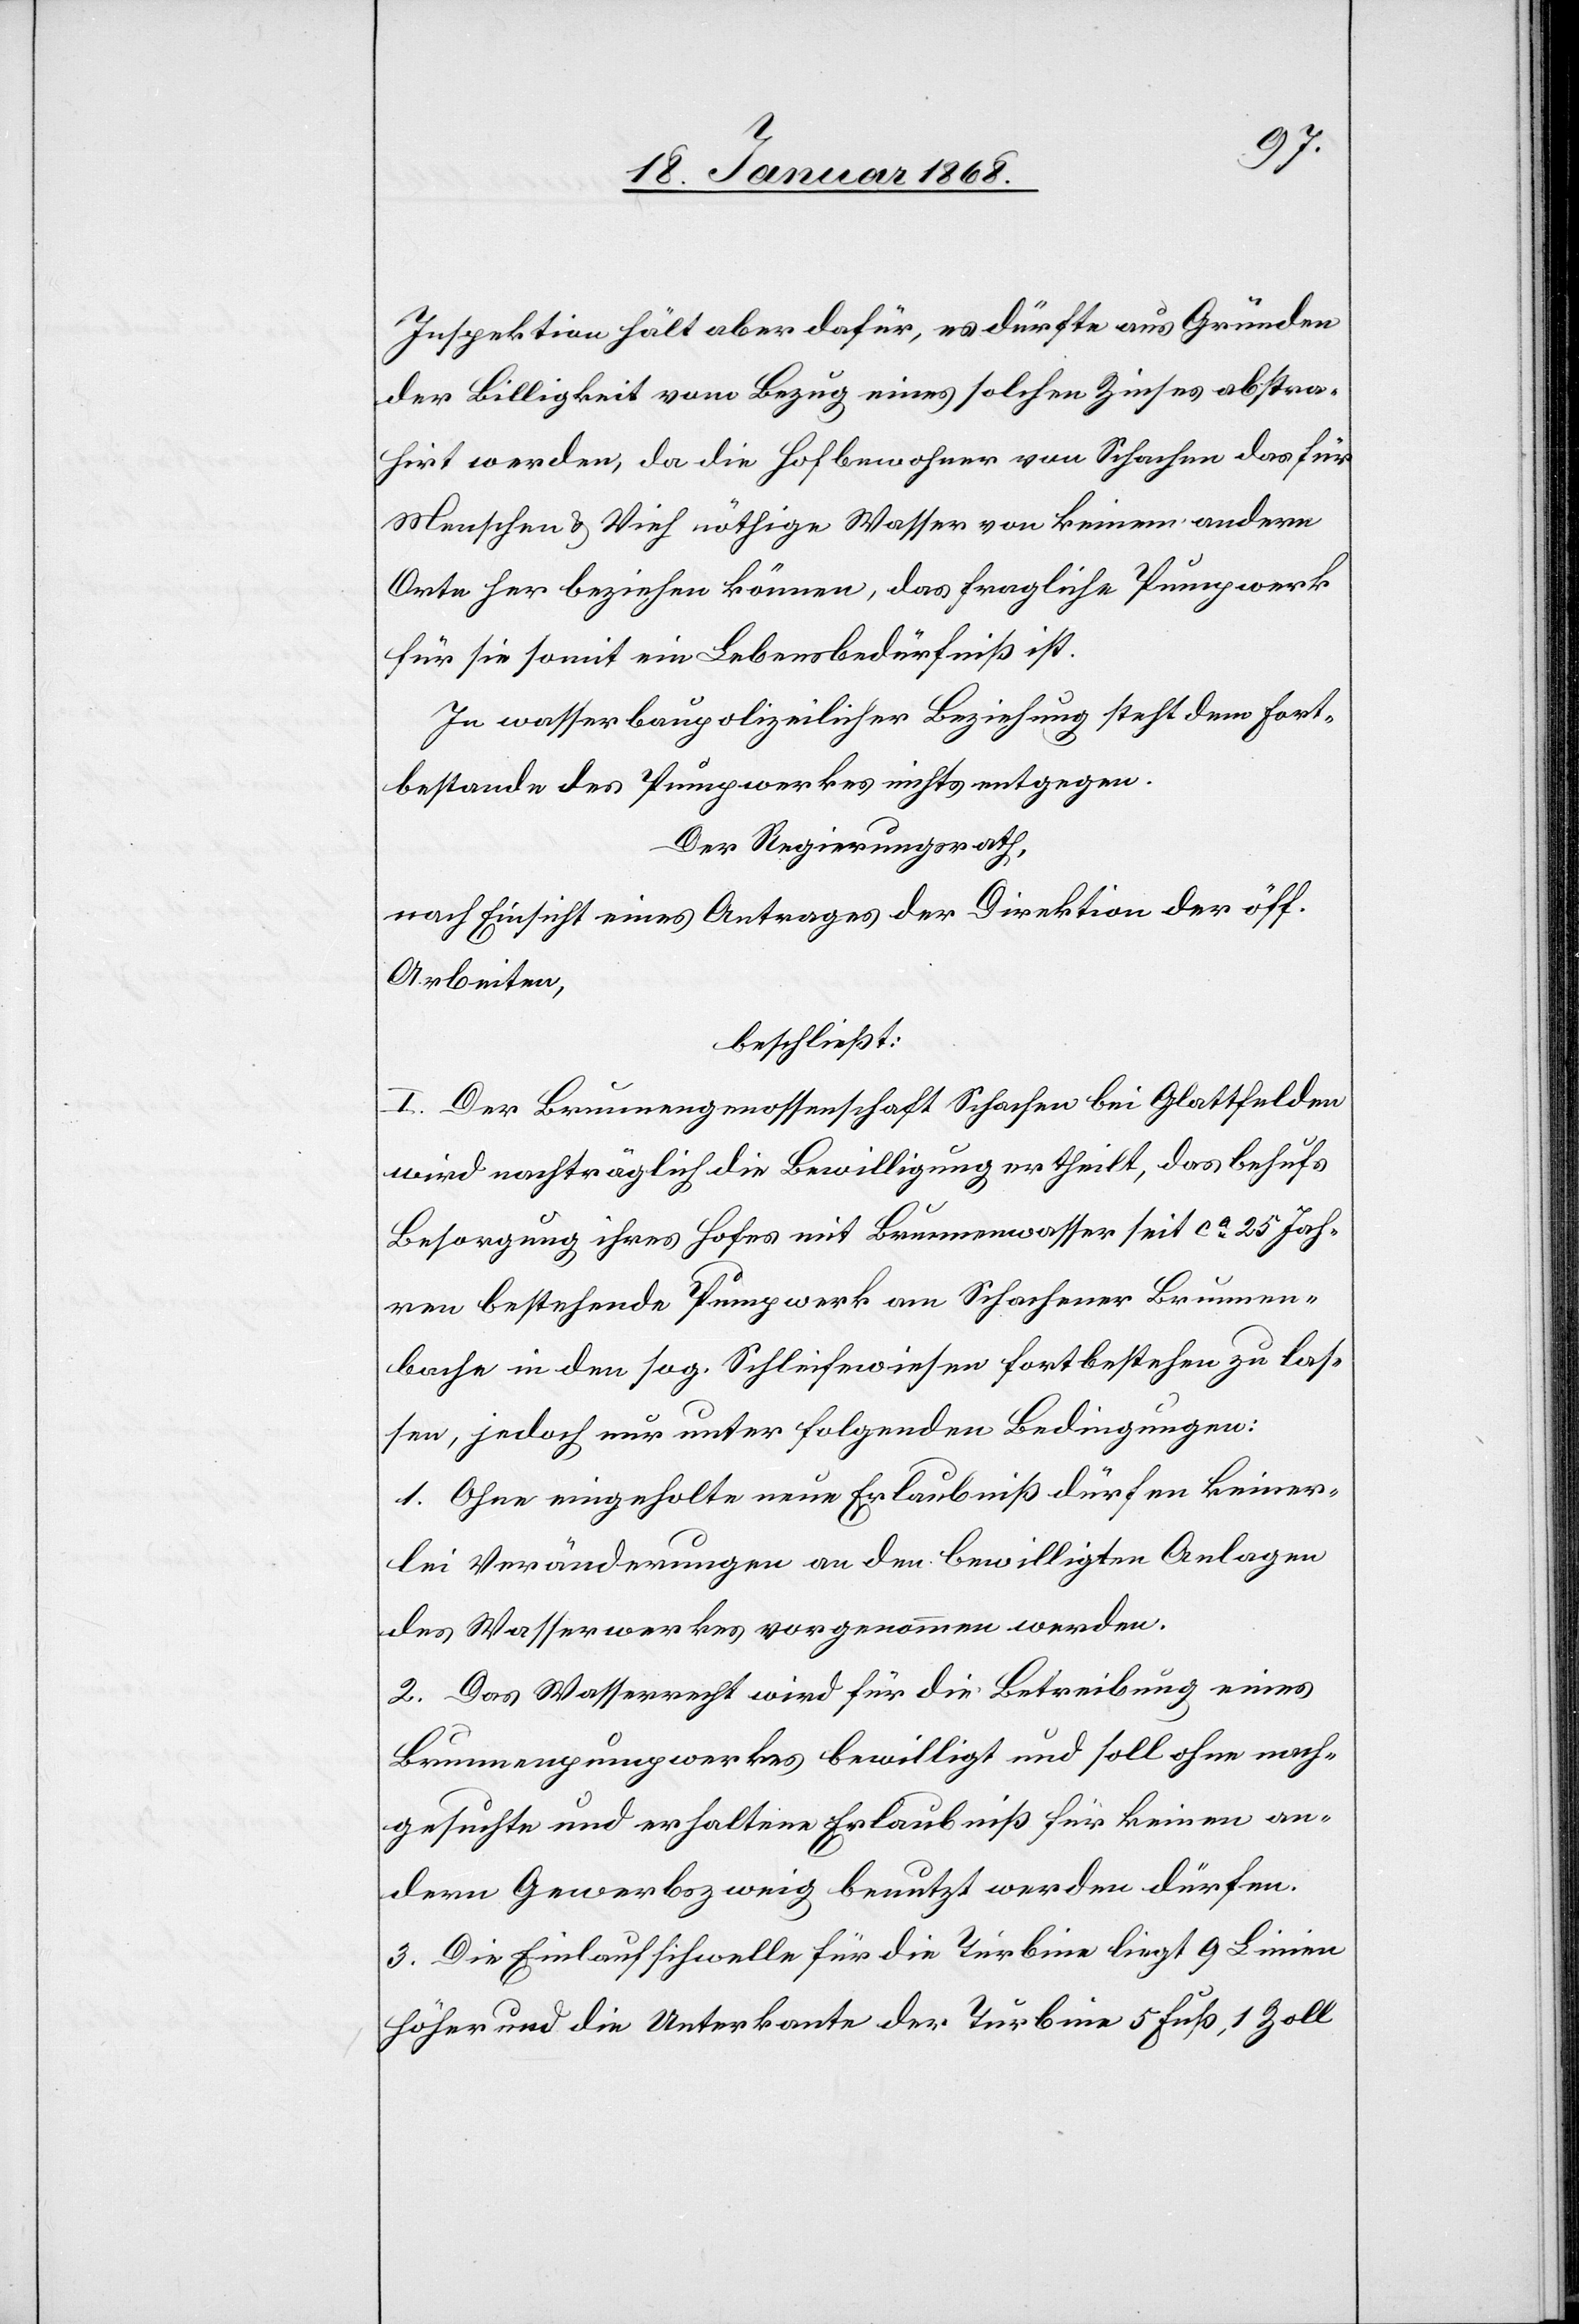
Inspektion hält aber dafür, es dürfte aus Gründen
der Billigkeit vom Bezug eines solchen Zinses abstra¬
hirt werden, da die Hofbewohner von Schachen das für
Menschen & Vieh nöthige Wasser von keinem andern
Orte her beziehen können, das fragliche Pumpwerk
für sie somit ein Lebensbedürfniß ist.
In wasserbaupolizeilicher Beziehung steht dem Fort¬
bestande des Pumpwerkes nichts entgegen.
Der Regierungsrath,
nach Einsicht eines Antrages der Direktion der öff.
Arbeiten,
beschließt:
I. Der Brunnengenossenschaft Schachen bei Glattfelden
wird nachträglich die Bewilligung ertheilt, das behufs
Besorgung ihres Hofes mit Brunnenwasser seit ca. 25 Jah¬
ren bestehende Pumpwerk am Schachener Brunnen¬
bache in den sog. Schleifewiesen fortbestehen zu las¬
sen, jedoch nur unter folgenden Bedingungen:
1. Ohne eingeholte neue Erlaubniß dürfen keiner¬
lei Veränderungen an den bewilligten Anlagen
des Wasserwerkes vorgenommen werden.
2. Das Wasserrecht wird für die Betreibung eines
Brunnenpumpwerkes bewilligt und soll ohne nach¬
gesuchte und erhaltene Erlaubniß für keinen an¬
dern Gewerbszweig benutzt werden dürfen.
3. Die Einlaufschwelle für die Turbine liegt 9 Linien
höher und die Unterkante der Turbine 5 Fuß, 1 Zoll